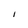
Character: I